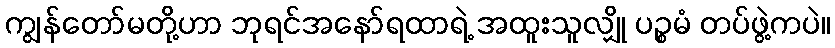
ကျွန်တော်မတို့ဟာ ဘုရင်အနော်ရထာရဲ့ အထူးသူလျှို ပဉ္စမံ တပ်ဖွဲ့ကပဲ။